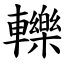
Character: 轢